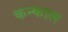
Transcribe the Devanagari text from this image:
कन्काल